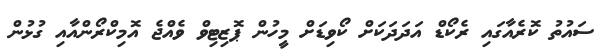
ސައުތު ކޮރެއާގައި ރެކޯޑް އަދަދަކަށް ކޯވިޑަށް މީހުން ޕޮޒިޓިވް ވެއްޖެ އޮމިކްރޯންއާއި ގުޅުން